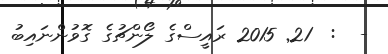
-  :  21